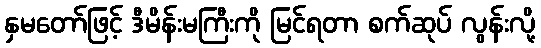
နှမတော်ဖြင့် ဒီမိန်းမကြီးကို မြင်ရတာ စက်ဆုပ် လွန်းလို့